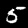
Digit: 5